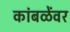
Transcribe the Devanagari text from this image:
कांबळेंवर